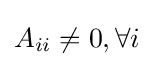
A_{ii}\neq 0,\forall i